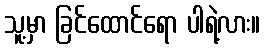
သူ့မှာ ခြင်ထောင်ရော ပါရဲ့လား။